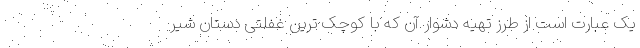
یک عبارت است از طرز تهیه دشوار آن که با کوچک ترین غفلتی دستان شیر